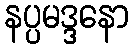
နပ္ပမဒ္ဒနော